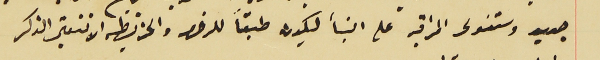
جديد وستتولى المراقبه على البنأ ليكون طبقاً للرخصه والخريطه الا تتغير الذكر